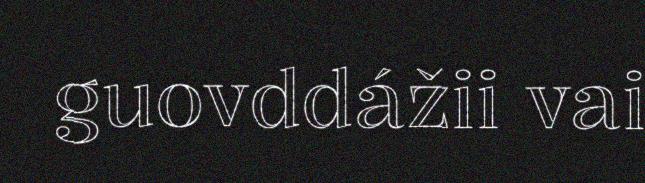
guovddážii vai